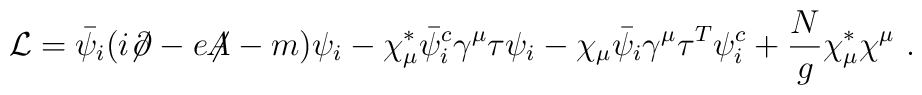
{\cal L} = \bar{\psi}_i(i{\not\!\partial}-e{\not\!\!A}-m)\psi_i	   - \chi^*_\mu \bar{\psi}^c_i\gamma^\mu\tau\psi_i	   - \chi_\mu \bar{\psi}_i \gamma^\mu\tau^T \psi^c_i	   + \frac{N}{g} \chi^*_\mu \chi^\mu ~.